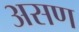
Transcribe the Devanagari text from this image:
असण